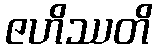
ဇဟိဿတိ